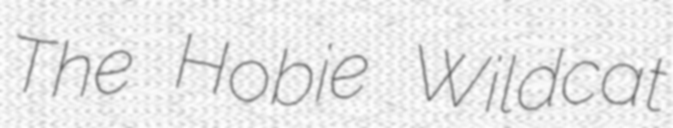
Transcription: The Hobie Wildcat